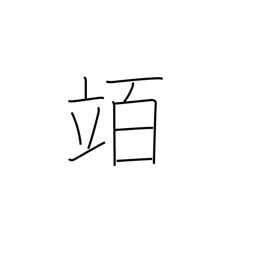
Meaning: hectolitre